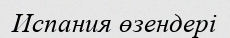
Испания өзендері